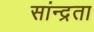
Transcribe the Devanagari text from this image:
सांन्द्रता